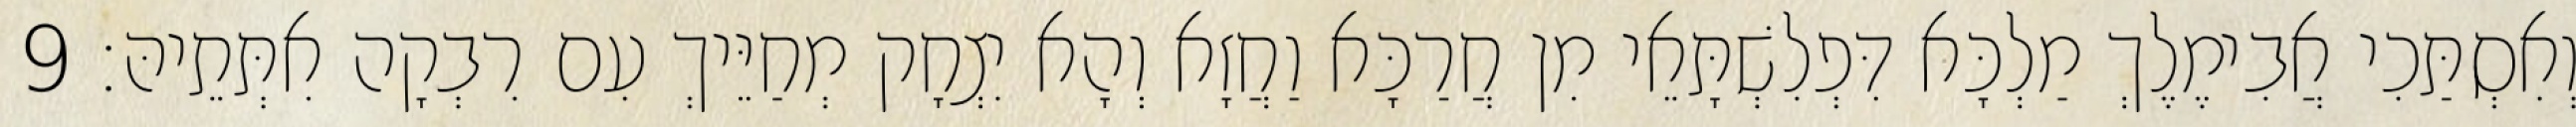
וְאִסְתַּכִי אֲבִימֶלֶךְ מַלְכָּא דִּפְלִשְׁתָּאֵי מִן חֲרַכָּא וַחֲזָא וְהָא יִצְחָק מְחַיֵּיךְ עִם רִבְקָה אִתְּתֵיהּ׃ 9